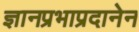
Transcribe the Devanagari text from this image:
ज्ञानप्रभाप्रदानेन